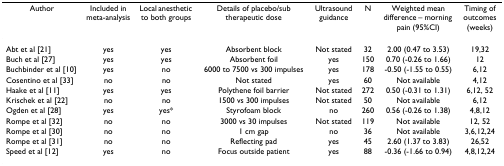
<table><thead><tr><td><b>Author</b></td><td><b>Included in meta-analysis</b></td><td><b>Local anesthetic to both groups</b></td><td><b>Details of placebo/sub therapeutic dose</b></td><td><b>Ultrasound guidance</b></td><td><b>N</b></td><td><b>Weighted mean difference – morning pain (95%CI)</b></td><td><b>Timing of outcomes (weeks)</b></td></tr></thead><tbody><tr><td>Abt et al [21]</td><td>yes</td><td>yes</td><td>Absorbent block</td><td>Not stated</td><td>32</td><td>2.00 (0.47 to 3.53)</td><td>19,32</td></tr><tr><td>Buch et al [27]</td><td>yes</td><td>yes</td><td>Absorbent foil</td><td>yes</td><td>150</td><td>0.70 (-0.26 to 1.66)</td><td>12</td></tr><tr><td>Buchbinder et al [10]</td><td>yes</td><td>no</td><td>6000 to 7500 vs 300 impulses</td><td>yes</td><td>178</td><td>-0.50 (-1.55 to 0.55)</td><td>6,12</td></tr><tr><td>Cosentino et al [33]</td><td>no</td><td>no</td><td>Not stated</td><td>yes</td><td>60</td><td>Not available</td><td>4,12</td></tr><tr><td>Haake et al [11]</td><td>yes</td><td>yes</td><td>Polythene foil barrier</td><td>Not stated</td><td>272</td><td>0.50 (-0.31 to 1.31)</td><td>6,12, 52</td></tr><tr><td>Krischek et al [22]</td><td>no</td><td>no</td><td>1500 vs 300 impulses</td><td>Not stated</td><td>50</td><td>Not available</td><td>6,12</td></tr><tr><td>Ogden et al [28]</td><td>yes</td><td>yes*</td><td>Styrofoam block</td><td>no</td><td>260</td><td>0.56 (-0.26 to 1.38)</td><td>4,8,12</td></tr><tr><td>Rompe et al [32]</td><td>no</td><td>no</td><td>3000 vs 30 impulses</td><td>Not stated</td><td>119</td><td>Not available</td><td>12, 52</td></tr><tr><td>Rompe et al [30]</td><td>no</td><td>no</td><td>1 cm gap</td><td>no</td><td>36</td><td>Not available</td><td>3,6,12,24</td></tr><tr><td>Rompe et al [31]</td><td>no</td><td>no</td><td>Reflecting pad</td><td>yes</td><td>45</td><td>2.60 (1.37 to 3.83)</td><td>26,52</td></tr><tr><td>Speed et al [12]</td><td>yes</td><td>no</td><td>Focus outside patient</td><td>yes</td><td>88</td><td>-0.36 (-1.66 to 0.94)</td><td>4,8,12,24</td></tr></tbody></table>